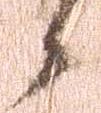
候